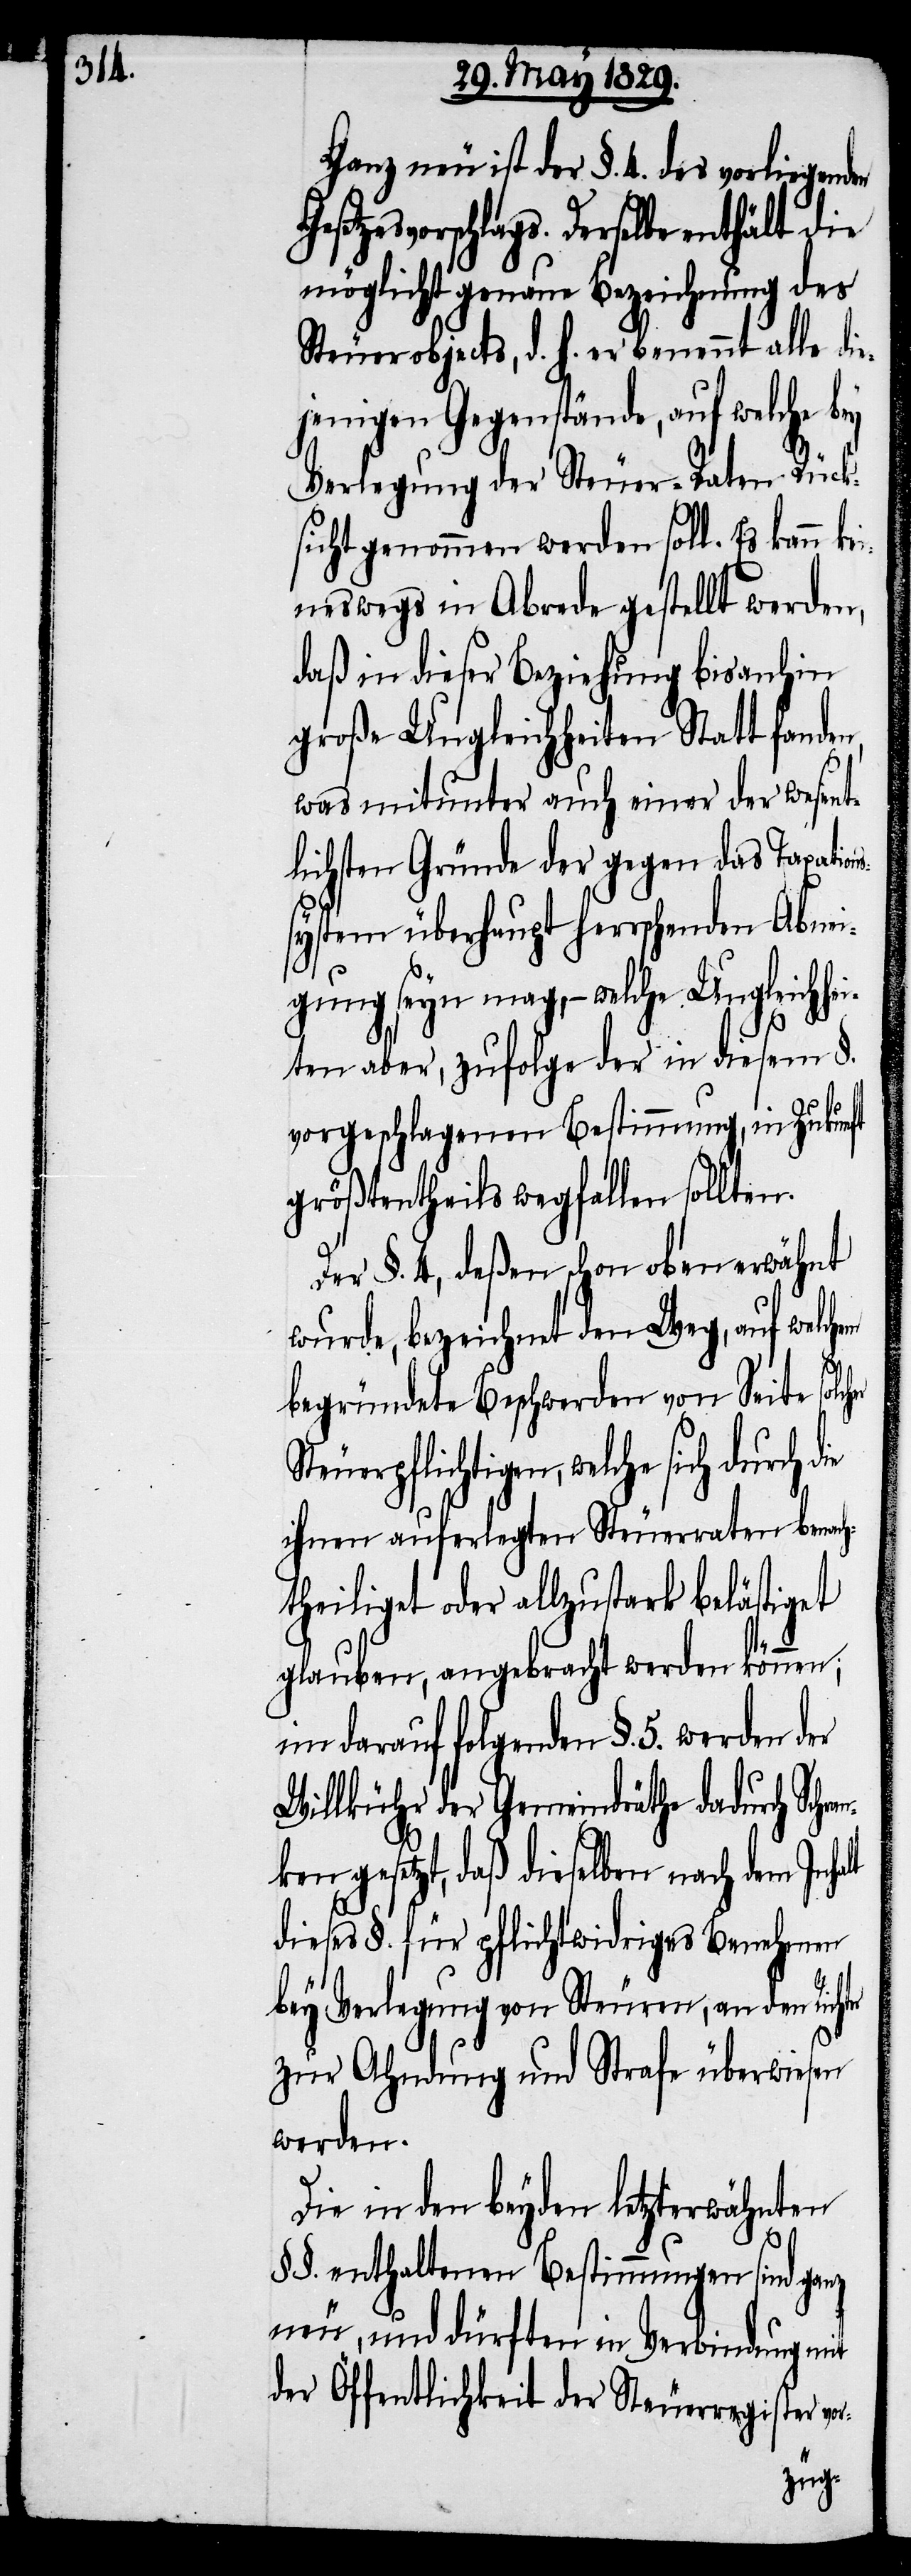
Ganz neu ist der §. 4. des vorliegend¬
setzesvorschlags. Derselbe enthält die
möglichst genaue Bezeichnung des
Steuerobjects, d. h. er benennt alle di¬
ejenigen Gegenstände, auf welche bey
Verlegung der Steuer-Raten Rück¬
sicht genommen werden soll. Es kann k¬
ineswegs in Abrede gestellt werden,
daß in dieser Beziehung bisanhin
große Ungleichheiten Statt fanden,
was mitunter auch einer der wesent¬
lichsten Gründe der gegen das Taxatio¬
system überhaupt herrschenden Abnei¬
gung seyn mag,– welche Ungleichhe¬
iten aber, zufolge der in diesem §.
vorgeschlagenen Bestimmung, in Zukunft
größtentheils wegfallen sollten.
Der §. 4, deßen schon oben erwähnt
wurde, bezeichnet den Weg, auf welchem
r-
begründete Beschwerden von Seite solc¬
Steuerpflichtigen, welche sich d¬
ihnen auferlegten Steuerraten benach¬
theiliget oder allzustark belästiget
glauben, angebracht werden können;
im darauf folgenden §. 5. werden
Willkühr der Gemeindräthe dadurch Sch¬
ken gesetzt, daß dieselben nach dem Inha¬
dieses §. für pflichtwidriges Benehmen
bey Verlegung von Steuren, an den Ric¬
zur Ahndung und Strafe überwiesen
werden.
Die in den beyden letzterwähnten
lt
§§. enthaltenen Bestimmungen sind ganz
neu, und dürften in der Verbindung
der Öffentlichkeit der Steuerregister vo¬
ran¬